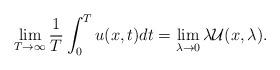
LaTeX: \begin{align*} \lim_{T \rightarrow\infty}\frac{1}{T}\int^{T}_{0}u(x, t)dt = \lim_{\lambda \rightarrow0}\lambda\mathcal{U}(x, \lambda). \end{align*}